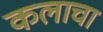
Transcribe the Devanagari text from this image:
कलाचा